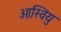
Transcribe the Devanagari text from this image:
ओस्वियु